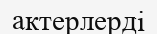
актерлерді